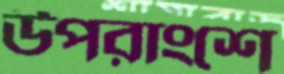
উপরাংশে